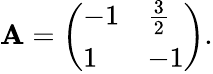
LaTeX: \mathbf{A}={\left(\begin{array}{ll}{-1}&{{\frac{3}{2}}}\\ {1}&{-1}\end{array}\right)}.